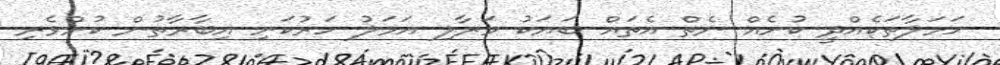
ހަމަލާތަކެއްދީ ކުށެއް ނެތް އެތައް ބަޔަކު މަރާލި އަމަލު ހަރުކަށި އިބާރާތުން ކުށްވެރި